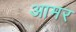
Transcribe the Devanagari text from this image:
आमर